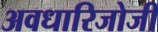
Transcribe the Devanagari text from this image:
अवधारिजोजी